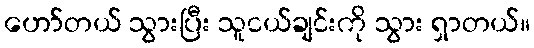
ဟော်တယ် သွားပြီး သူငယ်ချင်းကို သွား ရှာတယ်။